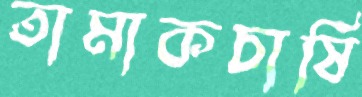
তামাকচাষি